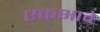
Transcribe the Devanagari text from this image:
एकभावे